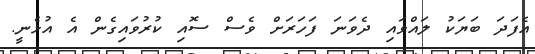
އެފަދަ ބަޔަކު ލައްވައި ދެވަނަ ފަހަރަށް ވެސް ސޮއި ކުރުވައިގެން އެ އުޅެނީ.